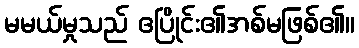
မမယ်မှုသည် ဧပြိုင်း၏အစ်မဖြစ်၏။